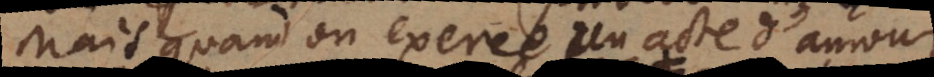
Mais quand on exerce un acte d’amour,